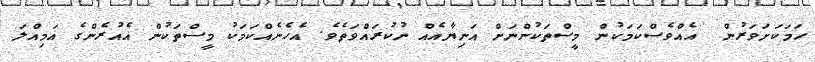
ހަމަކަށަވަރުން  އެއްވެސްކަމަކުން މީސްތަކުންނަށް އަނިޔާއެއް ނުކުރައްވަތެވެ. އެހެނެއްކަމަކު މީސްތަކުން އެއުރެންގެ އަމިއްލަ